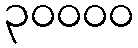
၃၀၀၀၀